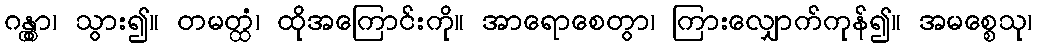
ဂန္တွာ၊ သွား၍။ တမတ္ထံ၊ ထိုအကြောင်းကို။ အာရောစေတွာ၊ ကြားလျှောက်ကုန်၍။ အမစ္စေသု၊